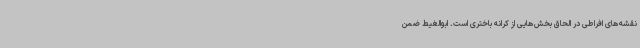
نقشه‌های افراطی در الحاق بخش‌هایی از کرانه باختری است. ابوالغیط ضمن